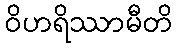
ဝိဟရိဿာမီတိ